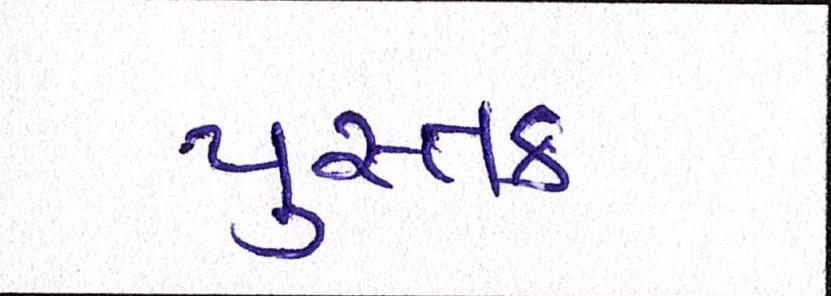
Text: પુસ્તક